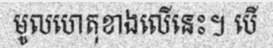
មូលហេតុខាងលើនេះ។ បើ